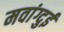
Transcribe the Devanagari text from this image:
मवांग्दुई